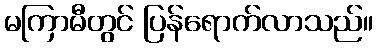
မကြာမီတွင် ပြန်ရောက်လာသည်။